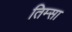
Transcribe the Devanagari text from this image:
तिम्सा